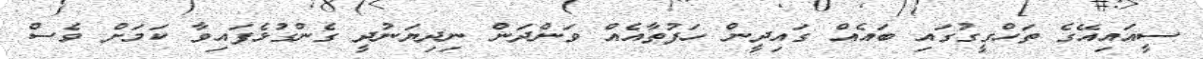
ސީއައިއޭގެ ތަހްގީގުގައި ބައެއް ގައިދީން ހަފުތާއެއް ވަންދަން ނިދިޔަނުދީ ގެންގުޅެފައިވާ ކަމަށް ވެސް